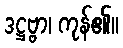
ဒဋ္ဌဗ္ဗာ၊ ကုန်၏။